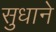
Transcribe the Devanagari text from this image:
सुधाने